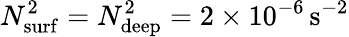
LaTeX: N_{\mathrm{surf}}^{2}=N_{\mathrm{deep}}^{2}=2\times 10^{-6}\, \mathrm{{s^{-2}}}